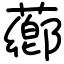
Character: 薌